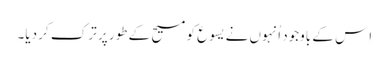
‏ اِس کے باوجود اُنہوں نے یسوع کو مسیح کے طور پر ترک کر دیا۔